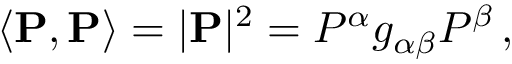
\left\langle \mathbf { P } , \mathbf { P } \right\rangle = | \mathbf { P } | ^ { 2 } = P ^ { \alpha } g _ { \alpha \beta } P ^ { \beta } \, ,